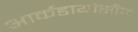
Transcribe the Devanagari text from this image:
आर्कडायोसीज़